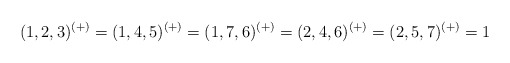
\begin{align*}(1,2,3)^{(+)}=(1,4,5)^{(+)}=(1,7,6)^{(+)}=(2,4,6)^{(+)}=(2,5,7)^{(+)}=1\end{align*}